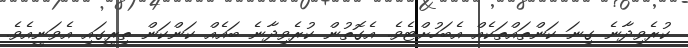
ކުރެވިދާނެ ގިނަ ކަންތައްތަކެއް އެބަހުށްޓެވެ. އެގޮތުން ކުރެވިދާނެ ބައެއް ކަންކަން ތިރީގައި އެވަނީއެވެ.